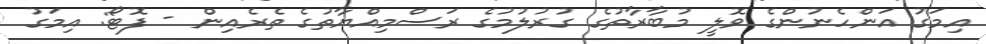
އިމަގު އަންހެނުންގެ ވޮލީ މުބާރާތުގެ ގުރުލުމުގެ ރަސްމިއްޔާތުގެ ތެރެއިން - ފޮޓޯ: އިމަގު